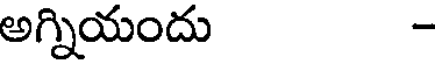
అగ్నియందు -